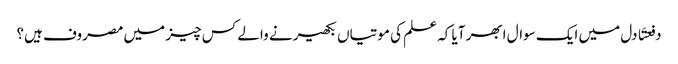
دفعتَا دل میں ایک سوال ابھر آیا کہ علم کی موتیاں بکھیرنے والے کس چیز میں مصروف ہیں؟